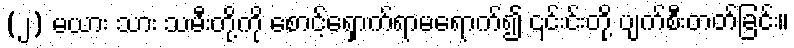
(၂) မယား သား သမီးတို့ကို စောင့်ရှောက်ရာမရောက်၍ ၎င်းင်းတို့ ပျက်စီးတတ်ခြင်း။